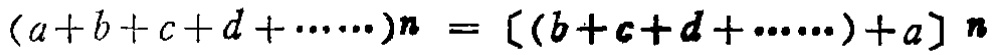
\((a + b + c + d + \cdots)n = [(b + c + d + \cdots)+a]n\)